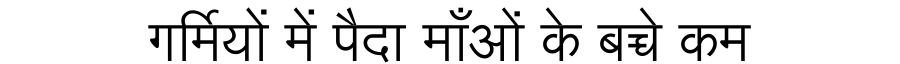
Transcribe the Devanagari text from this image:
गर्मियों में पैदा माँओं के बच्चे कम